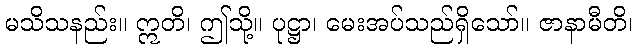
မသိသနည်း။ ဣတိ၊ ဤသို့။ ပုဋ္ဌာ၊ မေးအပ်သည်ရှိသော်။ ဇာနာမီတိ၊